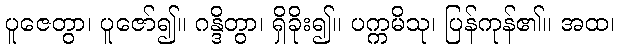
ပူဇေတွာ၊ ပူဇော်၍။ ဂန္ဒိတွာ၊ ရှိခိုး၍။ ပက္ကမိသု၊ ပြန်ကုန်၏။ အထ၊